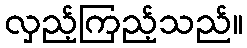
လှည့်ကြည့်သည်။